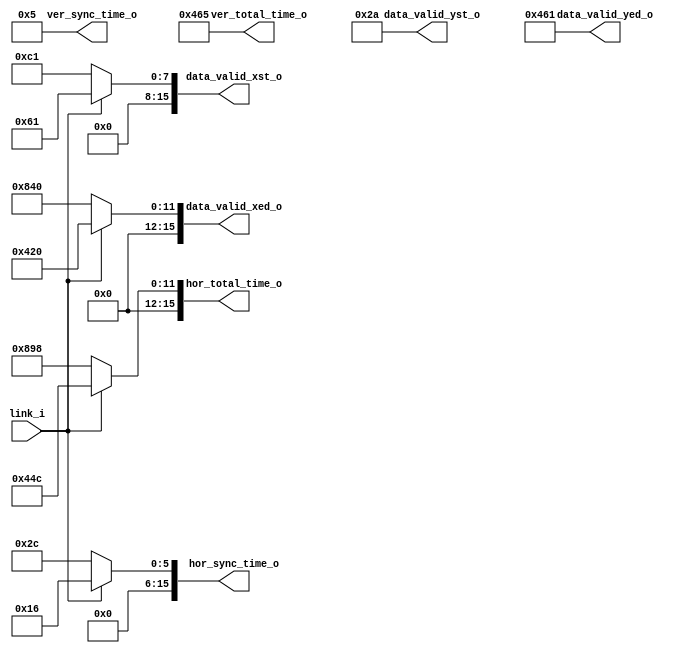
//=======================================================================================================================
// Author   :                                                                                                                                                                                                      
// Abstract : Config 24-bit-rgb video syntime parameters according the VESA standard.                                    
//            Take 1024x768 at 60Hz for example.                                                                         
//            hor_total_time_i = 16'd1344 //Hor Total Time(1344)                                                         
//            ver_total_time_i = 16'd806  //Ver Total Time(806)                                                          
//            hor_sync_time_i  = 16'd136  //Hor Sync Time(136)                                                           
//            ver_sync_time_i  = 16'd6    //Ver Sync Time(6)                                                             
//            data_valid_xst_i = 16'd297  //Hor Sync Time(136)+H Back Porch(160)+H Left Border(0)+1                      
//            data_valid_xed_i = 16'd1320 //Hor Sync Time(136)+H Back Porch(160)+H Left Border(0)+Hor Addr Time(1024)    
//            data_valid_yst_i = 16'd36   //Ver Sync Time(6)+V Back Porch(29)+V Top Border(0)+1                          
//            data_valid_yed_i = 16'd803  //Ver Sync Time(6)+V Back Porch(29)+V Top Border(0)+Ver Addr Time(768)         
//                                                                                                                       
//            VIDEO_FORMAT should be:                                                                                    
//            "640x480_60Hz"                                                                                             
//            "800x600_60Hz"                                                                                             
//            "1024x768_60Hz"                                                                                            
//            "1366x768_60Hz"                                                                                        
//            "1400x1050_60Hz"                                                                                           
//            "1600x1200_60Hz"                                                                                           
//            "1920x1080_60Hz"                                                                                           
//            "1920x1200_60Hz(RB)"                                                                       
//                                                                                                                       
// Modification History                                                                                                  
//====================================================================================================================
//  Date          | Version|  Author    |   Change Description                                                        
//====================================================================================================================
//====================================================================================================================

`timescale 1ns / 1ps

module video_syntime_config
(
  input             link_i          , //0,1
  output reg [15:0] hor_total_time_o, //horizontal total pixels
  output reg [15:0] ver_total_time_o, //vertical total lines
  output reg [15:0] hor_sync_time_o , //horizontal synchronization time (unit:pixel) 
  output reg [15:0] ver_sync_time_o , //vertical synchronization time (unit:line)
  output reg [15:0] data_valid_xst_o, //addressable video horizontal start coorodinate
  output reg [15:0] data_valid_xed_o, //addressable video horizontal end coorodinate 
  output reg [15:0] data_valid_yst_o, //addressable video vertical start coorodinate 
  output reg [15:0] data_valid_yed_o  //addressable video vertical end coorodinate   
);

//===========================================================================
parameter VIDEO_FORMAT = "1920x1080_xHz";  //video format
                                           //"WxH_xHz"
                                           //"80x60_xHz"
                                           //"160x120_xHz"
                                           //"320x240_xHz"
                                           //"640x480_xHz"
                                           //"800x600_xHz"
                                           //"1024x768_xHz"
                                           //"1366x768_xHz"
                                           //"1400x1050_xHz"
                                           //"1600x1200_xHz"
                                           //"1920x1080_xHz"
                                           //"1920x1200_xHz(RB)"
parameter PIXEL_CLK_FREQ = 100.0; //pixel clock frequency, unit: MHz
                                  //any --> "WxH_xHz"
                                  //any --> "80x60_xHz"
                                  //any --> "160x120_xHz"
                                  //any --> "320x240_xHz".
                                  //any --> "640x480_xHz"
                                  //any --> "640x480_xHz"
                                  //any --> "800x600_xHz"
                                  //any --> "1024x768_xHz"
                                  //any --> "1366x768_xHz"
                                  //any --> "1400x1050_xHz"
                                  //any --> "1600x1200_xHz"
                                  //any --> "1920x1080_xHz"
                                  //any --> "1920x1200_xHz(RB)"
parameter HOR_RESOLUTION=16'd1920;
parameter VER_RESOLUTION=16'd1080;

//===================================================================================
  always@(*)
  begin
    case (VIDEO_FORMAT)
    "WxH_xHz":
        begin
            hor_total_time_o= link_i ? (16'd80+HOR_RESOLUTION/2     ) : (16'd160+HOR_RESOLUTION     );
            ver_total_time_o= link_i ? (16'd50+VER_RESOLUTION       ) : (16'd50+VER_RESOLUTION      );
            hor_sync_time_o = link_i ? (16'd16                      ) : (16'd32                     );
            ver_sync_time_o = link_i ? (16'd6                       ) : (16'd6                      );
            data_valid_xst_o= link_i ? (16'd53                      ) : (16'd105                    );
            data_valid_xed_o= link_i ? (16'd53+HOR_RESOLUTION/2-1'b1) : (16'd105+HOR_RESOLUTION-1'b1);
            data_valid_yst_o= link_i ? (16'd36                      ) : (16'd36                     );
            data_valid_yed_o= link_i ? (16'd36+VER_RESOLUTION-1'b1  ) : (16'd36+VER_RESOLUTION-1'b1 );
            $display("** %m: GENERATED VIDEO FORMAT CONFIG COMPLETELY: WxH_xHz");
            $display("** %m: PIXEL_CLK_FREQ  = %0d",PIXEL_CLK_FREQ);
            $display("** %m: Frame rate      = %0d",(PIXEL_CLK_FREQ*1000000/hor_total_time_o/ver_total_time_o));
            $display("***********************************************************************************************");
        end
    "80x60_xHz":
        begin
            hor_total_time_o= link_i ? 16'd120 : 16'd240 ; 
            ver_total_time_o= link_i ? 16'd150 : 16'd150 ; 
            hor_sync_time_o = link_i ? 16'd32  : 16'd66  ; 
            ver_sync_time_o = link_i ? 16'd6   : 16'd6   ; 
            data_valid_xst_o= link_i ? 16'd63  : 16'd125 ; 
            data_valid_xed_o= link_i ? 16'd102 : 16'd204 ; 
            data_valid_yst_o= link_i ? 16'd36  : 16'd36  ; 
            data_valid_yed_o= link_i ? 16'd95  : 16'd95  ; 
            $display("** %m: GENERATED DUAL-LINK VIDEO FORMAT CONFIG COMPLETELY: 80x60_xHz");
            $display("** %m: PIXEL_CLK_FREQ  = %0d",PIXEL_CLK_FREQ);
            $display("** %m: Frame rate      = %0d",(PIXEL_CLK_FREQ*1000000/hor_total_time_o/ver_total_time_o));
            $display("***********************************************************************************************");
        end
    "160x120_xHz":
        begin
            hor_total_time_o= link_i ? 16'd140 : 16'd280 ; 
            ver_total_time_o= link_i ? 16'd200 : 16'd200 ; 
            hor_sync_time_o = link_i ? 16'd32  : 16'd66  ; 
            ver_sync_time_o = link_i ? 16'd6   : 16'd6   ; 
            data_valid_xst_o= link_i ? 16'd53  : 16'd105 ; 
            data_valid_xed_o= link_i ? 16'd132 : 16'd264 ; 
            data_valid_yst_o= link_i ? 16'd36  : 16'd36  ; 
            data_valid_yed_o= link_i ? 16'd155 : 16'd155 ; 
            $display("** %m: GENERATED DUAL-LINK VIDEO FORMAT CONFIG COMPLETELY: 160x120_xHz");
            $display("** %m: PIXEL_CLK_FREQ  = %0d",PIXEL_CLK_FREQ);
            $display("** %m: Frame rate      = %0d",(PIXEL_CLK_FREQ*1000000/hor_total_time_o/ver_total_time_o));
            $display("***********************************************************************************************");
        end
    "320x240_xHz":
        begin
            hor_total_time_o= link_i ? 16'd240 : 16'd480 ; 
            ver_total_time_o= link_i ? 16'd300 : 16'd300 ; 
            hor_sync_time_o = link_i ? 16'd48  : 16'd96  ; 
            ver_sync_time_o = link_i ? 16'd6   : 16'd6   ; 
            data_valid_xst_o= link_i ? 16'd73  : 16'd145 ; 
            data_valid_xed_o= link_i ? 16'd232 : 16'd464 ; 
            data_valid_yst_o= link_i ? 16'd36  : 16'd36  ; 
            data_valid_yed_o= link_i ? 16'd275 : 16'd275 ; 
            $display("** %m: GENERATED DUAL-LINK VIDEO FORMAT CONFIG COMPLETELY: 320x240_xHz");
            $display("** %m: PIXEL_CLK_FREQ  = %0d",PIXEL_CLK_FREQ);
            $display("** %m: Frame rate      = %0d",(PIXEL_CLK_FREQ*1000000/hor_total_time_o/ver_total_time_o));
            $display("***********************************************************************************************");
        end
    "640x480_xHz":
        begin
            hor_total_time_o= link_i ? 16'd400 : 16'd800 ; 
            ver_total_time_o= link_i ? 16'd525 : 16'd525 ; 
            hor_sync_time_o = link_i ? 16'd48  : 16'd96  ; 
            ver_sync_time_o = link_i ? 16'd6   : 16'd6   ; 
            data_valid_xst_o= link_i ? 16'd73  : 16'd145 ; 
            data_valid_xed_o= link_i ? 16'd392 : 16'd784 ; 
            data_valid_yst_o= link_i ? 16'd36  : 16'd36  ; 
            data_valid_yed_o= link_i ? 16'd515 : 16'd515 ; 
            $display("** %m: GENERATED DUAL-LINK VIDEO FORMAT CONFIG COMPLETELY: 640x480_xHz");
            $display("** %m: PIXEL_CLK_FREQ  = %0d",PIXEL_CLK_FREQ);
            $display("** %m: Frame rate      = %0d",(PIXEL_CLK_FREQ*1000000/hor_total_time_o/ver_total_time_o));
            $display("***********************************************************************************************");
        end
    "800x600_xHz":
        begin
            hor_total_time_o= link_i ? 16'd528 : 16'd1056 ; 
            ver_total_time_o= link_i ? 16'd628 : 16'd628  ; 
            hor_sync_time_o = link_i ? 16'd64  : 16'd128  ; 
            ver_sync_time_o = link_i ? 16'd4   : 16'd4    ; 
            data_valid_xst_o= link_i ? 16'd109 : 16'd217  ; 
            data_valid_xed_o= link_i ? 16'd508 : 16'd1016 ; 
            data_valid_yst_o= link_i ? 16'd28  : 16'd28   ; 
            data_valid_yed_o= link_i ? 16'd627 : 16'd627  ; 
            $display("** %m: GENERATED DUAL-LINK VIDEO FORMAT CONFIG COMPLETELY: 800x600_xHz");
            $display("** %m: PIXEL_CLK_FREQ  = %0d",PIXEL_CLK_FREQ);
            $display("** %m: Frame rate      = %0d",(PIXEL_CLK_FREQ*1000000/hor_total_time_o/ver_total_time_o));
            $display("***********************************************************************************************");
        end
    "1024x768_xHz":
        begin
            hor_total_time_o= link_i ? 16'd672 : 16'd1344 ; 
            ver_total_time_o= link_i ? 16'd806 : 16'd806  ; 
            hor_sync_time_o = link_i ? 16'd68  : 16'd136  ; 
            ver_sync_time_o = link_i ? 16'd6   : 16'd6    ; 
            data_valid_xst_o= link_i ? 16'd149 : 16'd297  ; 
            data_valid_xed_o= link_i ? 16'd660 : 16'd1320 ; 
            data_valid_yst_o= link_i ? 16'd36  : 16'd36   ; 
            data_valid_yed_o= link_i ? 16'd803 : 16'd803  ; 
            $display("** %m: GENERATED DUAL-LINK VIDEO FORMAT CONFIG COMPLETELY: 1024x768_xHz");
            $display("** %m: PIXEL_CLK_FREQ  = %0d",PIXEL_CLK_FREQ);
            $display("** %m: Frame rate      = %0d",(PIXEL_CLK_FREQ*1000000/hor_total_time_o/ver_total_time_o));
            $display("***********************************************************************************************");
        end
    "1366x768_xHz":
        begin
            hor_total_time_o= link_i ? 16'd896 : 16'd1792 ;
            ver_total_time_o= link_i ? 16'd798 : 16'd798  ;
            hor_sync_time_o = link_i ? 16'd70  : 16'd142  ;
            ver_sync_time_o = link_i ? 16'd3   : 16'd3    ; 
            data_valid_xst_o= link_i ? 16'd179 : 16'd357  ;
            data_valid_xed_o= link_i ? 16'd861 : 16'd1722 ;
            data_valid_yst_o= link_i ? 16'd28  : 16'd28   ;
            data_valid_yed_o= link_i ? 16'd795 : 16'd795  ;
            $display("** %m: GENERATED DUAL-LINK VIDEO FORMAT CONFIG COMPLETELY: 1366x768_xHz");
            $display("** %m: PIXEL_CLK_FREQ  = %0d",PIXEL_CLK_FREQ);
            $display("** %m: Frame rate      = %0d",(PIXEL_CLK_FREQ*1000000/hor_total_time_o/ver_total_time_o));
            $display("***********************************************************************************************");
        end
    "1400x1050_xHz":
        begin
            hor_total_time_o= link_i ? 16'd780  : 16'd1560 ; 
            ver_total_time_o= link_i ? 16'd1080 : 16'd1080 ;  
            hor_sync_time_o = link_i ? 16'd16   : 16'd32   ; 
            ver_sync_time_o = link_i ? 16'd4    : 16'd4    ; 
            data_valid_xst_o= link_i ? 16'd57   : 16'd113  ; 
            data_valid_xed_o= link_i ? 16'd756  : 16'd1512 ; 
            data_valid_yst_o= link_i ? 16'd28   : 16'd28   ; 
            data_valid_yed_o= link_i ? 16'd1077 : 16'd1077 ;  
            $display("** %m: GENERATED DUAL-LINK VIDEO FORMAT CONFIG COMPLETELY: 1400x1050_xHz");
            $display("** %m: PIXEL_CLK_FREQ  = %0d",PIXEL_CLK_FREQ);
            $display("** %m: Frame rate      = %0d",(PIXEL_CLK_FREQ*1000000/hor_total_time_o/ver_total_time_o));
            $display("***********************************************************************************************");
        end
    "1600x1200_xHz":
        begin
            hor_total_time_o= link_i ? 16'd1080 : 16'd2160 ; 
            ver_total_time_o= link_i ? 16'd1250 : 16'd1250 ; 
            hor_sync_time_o = link_i ? 16'd96   : 16'd192  ; 
            ver_sync_time_o = link_i ? 16'd3    : 16'd3    ; 
            data_valid_xst_o= link_i ? 16'd249  : 16'd497  ; 
            data_valid_xed_o= link_i ? 16'd1048 : 16'd2096 ; 
            data_valid_yst_o= link_i ? 16'd50   : 16'd50   ; 
            data_valid_yed_o= link_i ? 16'd1249 : 16'd1249 ; 
            $display("** %m: GENERATED DUAL-LINK VIDEO FORMAT CONFIG COMPLETELY: 1600x1200_xHz");
            $display("** %m: PIXEL_CLK_FREQ  = %0d",PIXEL_CLK_FREQ);
            $display("** %m: Frame rate      = %0d",(PIXEL_CLK_FREQ*1000000/hor_total_time_o/ver_total_time_o));
            $display("***********************************************************************************************");
         end
     "1920x1080_xHz":
         begin
            hor_total_time_o= link_i ? 16'd1100 : 16'd2200 ; 
            ver_total_time_o= link_i ? 16'd1125 : 16'd1125 ; 
            hor_sync_time_o = link_i ? 16'd22   : 16'd44   ; 
            ver_sync_time_o = link_i ? 16'd5    : 16'd5    ; 
            data_valid_xst_o= link_i ? 16'd97   : 16'd193  ; 
            data_valid_xed_o= link_i ? 16'd1056 : 16'd2112 ; 
            data_valid_yst_o= link_i ? 16'd42   : 16'd42   ; 
            data_valid_yed_o= link_i ? 16'd1121 : 16'd1121 ; 
            $display("** %m: GENERATED DUAL-LINK VIDEO FORMAT CONFIG COMPLETELY: 1920x1080_xHz");
            $display("** %m: PIXEL_CLK_FREQ  = %0d",PIXEL_CLK_FREQ);
            $display("** %m: Frame rate      = %0d",(PIXEL_CLK_FREQ*1000000/hor_total_time_o/ver_total_time_o));
            $display("***********************************************************************************************");
        end
    "1920x1200_xHz(RB)":  //REDUCED BLANKING
        begin
            hor_total_time_o= link_i ? 16'd1040 : 16'd2080 ; 
            ver_total_time_o= link_i ? 16'd1235 : 16'd1235 ; 
            hor_sync_time_o = link_i ? 16'd16   : 16'd32   ; 
            ver_sync_time_o = link_i ? 16'd6    : 16'd6    ; 
            data_valid_xst_o= link_i ? 16'd57   : 16'd113  ; 
            data_valid_xed_o= link_i ? 16'd1016 : 16'd2032 ; 
            data_valid_yst_o= link_i ? 16'd33   : 16'd33   ; 
            data_valid_yed_o= link_i ? 16'd1232 : 16'd1232 ; 
            $display("** %m: GENERATED DUAL-LINK VIDEO FORMAT CONFIG COMPLETELY: 1920x1200_xHz(RB)");
            $display("** %m: PIXEL_CLK_FREQ  = %0d",PIXEL_CLK_FREQ);
            $display("** %m: Frame rate      = %0d",(PIXEL_CLK_FREQ*1000000/hor_total_time_o/ver_total_time_o));
            $display("***********************************************************************************************");
        end
    default:
        begin
            hor_total_time_o= 16'd0;  
            ver_total_time_o= 16'd0;  
            hor_sync_time_o = 16'd0; 
            ver_sync_time_o = 16'd0; 
            data_valid_xst_o= 16'd0; 
            data_valid_xed_o= 16'd0; 
            data_valid_yst_o= 16'd0; 
            data_valid_yed_o= 16'd0; 
            $display("** %m: ERROR: VIDEO FORMAT IS NOT SUPPORTED");
            $stop;
        end 
    endcase
            
    $display("** %m: hor_total_time  = %0d",hor_total_time_o);
    $display("** %m: ver_total_time  = %0d",ver_total_time_o);
    $display("** %m: hor_sync_time   = %0d",hor_sync_time_o);
    $display("** %m: ver_sync_time   = %0d",ver_sync_time_o);
    $display("** %m: data_valid_xst  = %0d",data_valid_xst_o);
    $display("** %m: data_valid_xed  = %0d",data_valid_xed_o);
    $display("** %m: data_valid_yst  = %0d",data_valid_yst_o);
    $display("** %m: data_valid_yed  = %0d",data_valid_yed_o);
    $display("***********************************************************************************************");
  end

endmodule